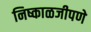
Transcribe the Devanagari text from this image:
निष्काळजीपणे